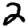
Digit: 2